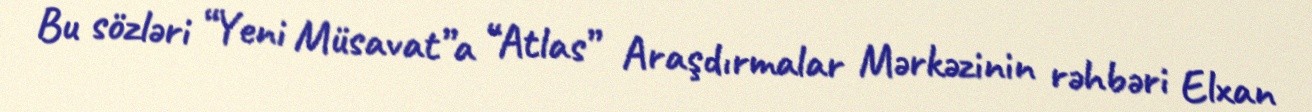
Bu sözləri “Yeni Müsavat”a “Atlas” Araşdırmalar Mərkəzinin rəhbəri Elxan